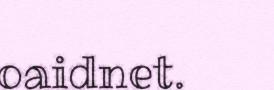
oaidnet.